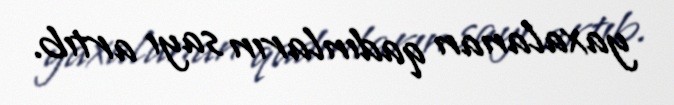
yaxalanan qadınların sayı artıb.